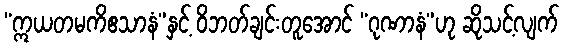
“ဣယတမကိဧသာနံ”နှင့် ဝိဘတ်ချင်းတူအောင် “ဂုဏာနံ”ဟု ဆိုသင့်လျက်